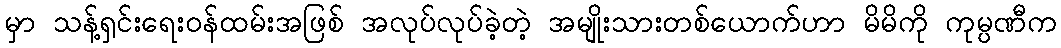
မှာ သန့်ရှင်းရေးဝန်ထမ်းအဖြစ် အလုပ်လုပ်ခဲ့တဲ့ အမျိုးသားတစ်ယောက်ဟာ မိမိကို ကုမ္ပဏီက